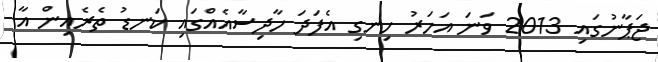
ޖަޕާނުގައި 2013 ވަނަ އަހަރު ހިނގި އެފަދަ ހާދިސާއެއްގައި ކަނޑު ތެރެއިން އާ